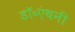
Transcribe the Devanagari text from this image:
डॉ॰एंथनी